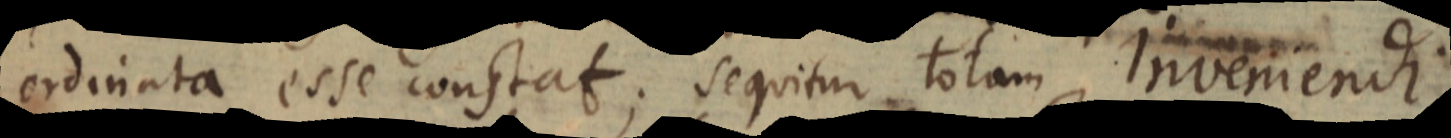
ordinata esse constat; sequitur totam Inveniendi